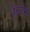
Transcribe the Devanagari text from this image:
तेंजोंग